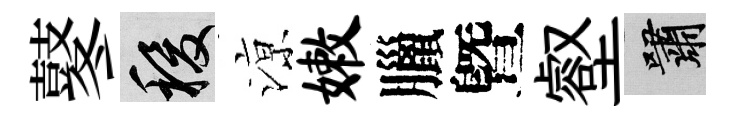
鼕稷鿌嫩臘曁壑嘯